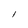
Character: l